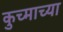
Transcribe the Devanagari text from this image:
कुच्माच्या